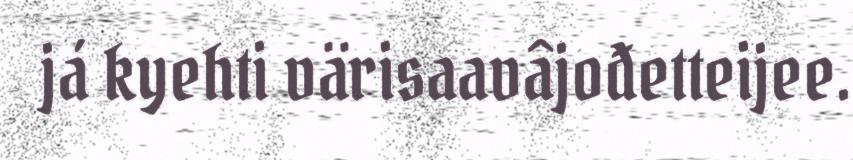
já kyehti värisaavâjođetteijee.